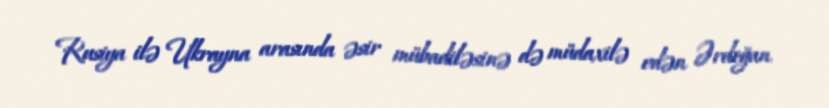
Rusiya ilə Ukrayna arasında əsir mübadiləsinə də müdaxilə edən Ərdoğan